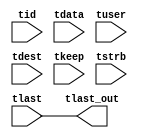

//*****************************************************************************
// (c) Copyright 2013 Xilinx, Inc. All rights reserved.
//
// This file contains confidential and proprietary information
// of Xilinx, Inc. and is protected under U.S. and
// international copyright and other intellectual property
// laws.
//
// DISCLAIMER
// This disclaimer is not a license and does not grant any
// rights to the materials distributed herewith. Except as
// otherwise provided in a valid license issued to you by
// Xilinx, and to the maximum extent permitted by applicable
// law: (1) THESE MATERIALS ARE MADE AVAILABLE "AS IS" AND
// WITH ALL FAULTS, AND XILINX HEREBY DISCLAIMS ALL WARRANTIES
// AND CONDITIONS, EXPRESS, IMPLIED, OR STATUTORY, INCLUDING
// BUT NOT LIMITED TO WARRANTIES OF MERCHANTABILITY, NON-
// INFRINGEMENT, OR FITNESS FOR ANY PARTICULAR PURPOSE; and
// (2) Xilinx shall not be liable (whether in contract or tort,
// including negligence, or under any other theory of
// liability) for any loss or damage of any kind or nature
// related to, arising under or in connection with these
// materials, including for any direct, or any indirect,
// special, incidental, or consequential loss or damage
// (including loss of data, profits, goodwill, or any type of
// loss or damage suffered as a result of any action brought
// by a third party) even if such damage or loss was
// reasonably foreseeable or Xilinx had been advised of the
// possibility of the same.
//
// CRITICAL APPLICATIONS
// Xilinx products are not designed or intended to be fail-
// safe, or for use in any application requiring fail-safe
// performance, such as life-support or safety devices or
// systems, Class III medical devices, nuclear facilities,
// applications related to the deployment of airbags, or any
// other applications that could lead to death, personal
// injury, or severe property or environmental damage
// (individually and collectively, "Critical
// Applications"). Customer assumes the sole risk and
// liability of any use of Xilinx products in Critical
// Applications, subject only to applicable laws and
// regulations governing limitations on product liability.

`timescale 1ps/1ps

module tlast_m3_for_arty_a7_axis_subset_converter_0_1 #
(
parameter C_S_AXIS_TID_WIDTH   = 1,
parameter C_S_AXIS_TUSER_WIDTH = 0,
parameter C_S_AXIS_TDATA_WIDTH = 0,
parameter C_S_AXIS_TDEST_WIDTH = 0
)
(
input  [(C_S_AXIS_TID_WIDTH   == 0 ? 1 : C_S_AXIS_TID_WIDTH)-1:0       ] tid,
input  [(C_S_AXIS_TDATA_WIDTH == 0 ? 1 : C_S_AXIS_TDATA_WIDTH)-1:0     ] tdata,
input  [(C_S_AXIS_TUSER_WIDTH == 0 ? 1 : C_S_AXIS_TUSER_WIDTH)-1:0     ] tuser,
input  [(C_S_AXIS_TDEST_WIDTH == 0 ? 1 : C_S_AXIS_TDEST_WIDTH)-1:0     ] tdest,
input  [(C_S_AXIS_TDATA_WIDTH/8)-1:0 ] tkeep,
input  [(C_S_AXIS_TDATA_WIDTH/8)-1:0 ] tstrb,
input  [0:0]                                                             tlast,
output                                                                   tlast_out
);

assign tlast_out = {tlast};

endmodule